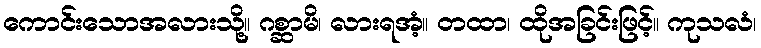
ကောင်းသောအလားသို့။ ဂစ္ဆာမိ၊ လားရအံ့။ တထာ၊ ထိုအခြင်းဖြင့်။ ကုသလံ၊